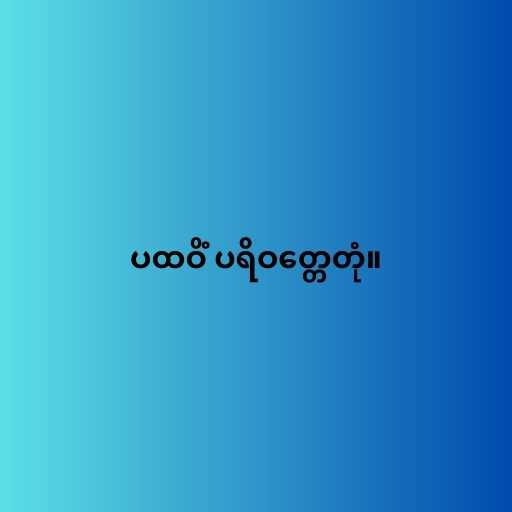
ပထဝိံ ပရိဝတ္တေတုံ။